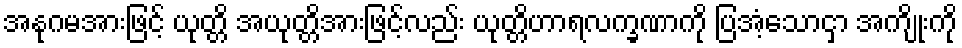
အနုဂမအားဖြင့် ယုတ္တိ အယုတ္တိအားဖြင့်လည်း ယုတ္တိဟာရလက္ခဏာကို ပြအံ့သောငှာ အကျိုးကို